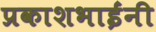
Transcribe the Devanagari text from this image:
प्रकाशभाईंनी